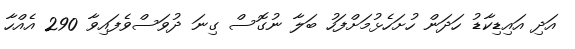
އަދި އައިޑިކާޑު ހަދަން ހުށަހެޅުމަށްފަހު ބަލާ ނުގޮސް ގިނަ ދުވަސްވެފައިވާ 290 އެއްހާ